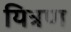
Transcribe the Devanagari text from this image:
यित्रण